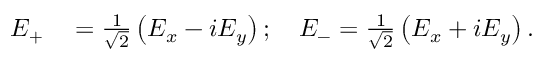
\begin{array} { r l } { E _ { + } } & { { } = \frac { 1 } { \sqrt { 2 } } \left( E _ { x } - i E _ { y } \right) ; \quad E _ { - } = \frac { 1 } { \sqrt { 2 } } \left( E _ { x } + i E _ { y } \right) . } \end{array}